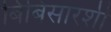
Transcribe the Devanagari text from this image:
बिंबिसारशी